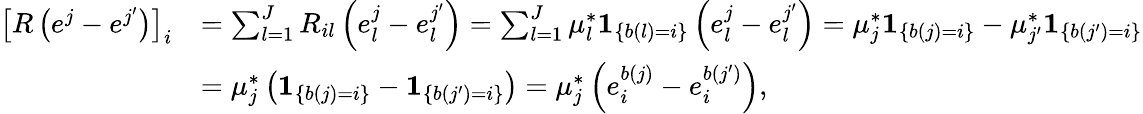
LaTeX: \begin{array}{rl}{\left[R\left(e^{j}-e^{j^{\prime}}\right)\right]_{i}}&{=\sum_{l=1}^{J}R_{il}\left(e_{l}^{j}-e_{l}^{j^{\prime}}\right)=\sum_{l=1}^{J}\mu_{l}^{*}\mathbf{1}_{\left\{ b(l)=i\right\} }\left(e_{l}^{j}-e_{l}^{j^{\prime}}\right)=\mu_{j}^{*}\mathbf{1}_{\left\{ b(j)=i\right\} }-\mu_{j^{\prime}}^{*}\mathbf{1}_{\left\{ b(j^{\prime})=i\right\} }}\\ &{=\mu_{j}^{*}\left(\mathbf{1}_{\left\{ b(j)=i\right\} }-\mathbf{1}_{\left\{ b(j^{\prime})=i\right\} }\right)=\mu_{j}^{*}\left(e_{i}^{b(j)}-e_{i}^{b(j^{\prime})}\right),}\end{array}